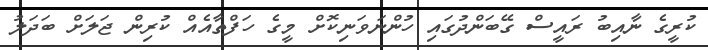
ކުރީގެ ނާއިބު ރައީސް ގޭބަންދުގައި ހުންނަވަނިކޮށް މީގެ ހަފްތާއެއް ކުރިން ޖަލަށް ބަދަލު